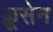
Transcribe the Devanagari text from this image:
क्रूसेन